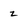
Character: z